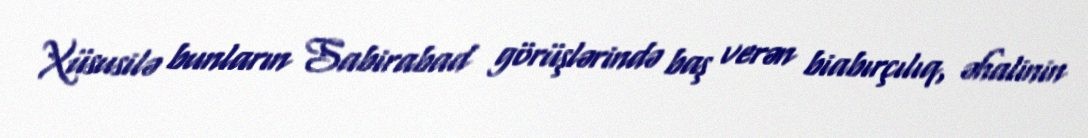
Xüsusilə bunların Sabirabad görüşlərində baş verən biabırçılıq, əhalinin